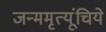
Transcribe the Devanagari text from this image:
जन्ममृत्यूंचिये